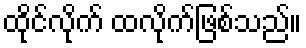
ထိုင်လိုက် ထလိုက်ဖြစ်သည်။